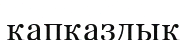
қапқаздық